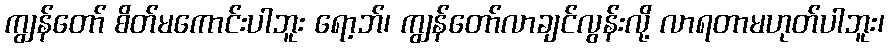
ကျွန်တော် စိတ်မကောင်းပါဘူး ရော့ဘ်၊ ကျွန်တော်လာချင်လွန်းလို့ လာရတာမဟုတ်ပါဘူး၊